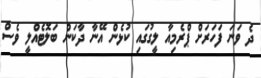
ދެ ވަނަ ފަހަރަށް ޕްރެމިއާ ލީގުގައި ކުޅެން އޭނާ ދާކަން ބަލޮޓެއްލީ ވެސް